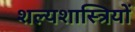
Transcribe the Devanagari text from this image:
शल्यशास्त्रियों